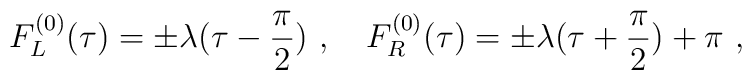
F^{(0)}_L(\tau) = \pm \lambda(\tau - \frac{\pi}{2}) \ , ~~~F^{(0)}_R(\tau) = \pm \lambda(\tau + \frac{\pi}{2}) + \pi \ ,